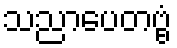
သညာပေတဗ္ဗံ